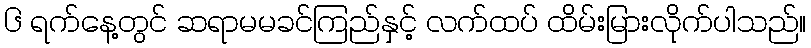
၆ ရက်နေ့တွင် ဆရာမမခင်ကြည်နှင့် လက်ထပ် ထိမ်းမြားလိုက်ပါသည်။